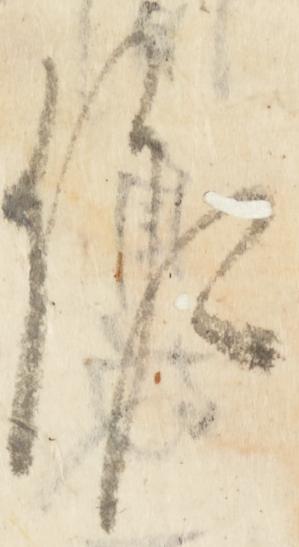
作